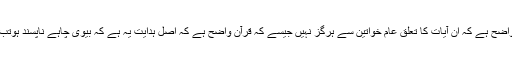
اس تفصیل سے یہ بات بالکل واضح ہے کہ ان آیات کا تعلق عام خواتین سے ہرگز نہیں جیسے کہ قرآن واضح ہے کہ اصل ہدایت یہ ہے کہ بیوی چاہے ناپسند ہوتب بھی اس سے اچھا برتاؤ کرو۔